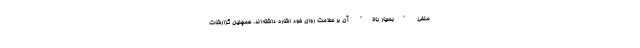
منفی "بسیار بالا" آن بر سلامت روان خود اشاره داشته‌اند. همچنین گزارشات